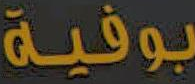
بوفية